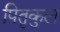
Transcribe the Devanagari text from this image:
पितृकुलं